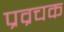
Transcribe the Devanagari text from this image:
प्रव्रचक